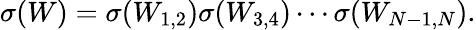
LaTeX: \sigma(W)=\sigma(W_{1,2})\sigma(W_{3,4})\cdots\sigma(W_{N-1,N}).